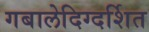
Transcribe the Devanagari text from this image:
गबालेदिग्दर्शित